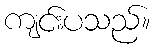
ကျင်းပသည်။